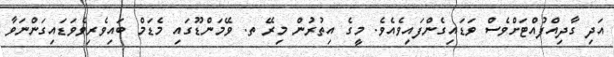
އަދި ގާދިއްފުއްޓަށްވެސް ވަޑައިގެންފައިވެއެވެ. މީގެ އިތުރުން މިރޭ ތ. ވޭމަންޑޫގައި މެޑަމް ބައިވެރިވެވަޑައިގަންނަވާ